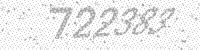
Solution: 722383